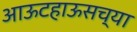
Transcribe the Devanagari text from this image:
आऊटहाऊसच्या